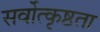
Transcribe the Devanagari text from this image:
सर्वोत्कृष्ठता